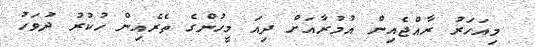
މިއަހަރު ރާއްޖެއިން އުމުރާއަށް ދިއަ މީހުންގެ ތެރެއިން ހުކުރު ދުވަހު